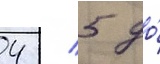
4 / 5 до́